Annual report on the health of the army in India
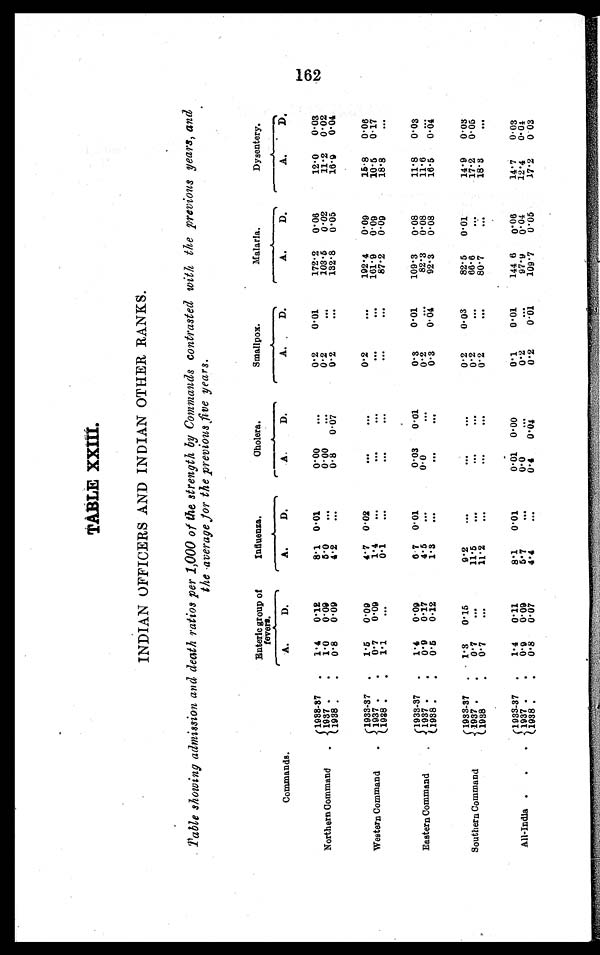
TABLE XXIII.
INDIAN OFFICERS AND INDIAN OTHER RANKS.
Tale showing admission and death ratios per 1,000 of the strength by Commands contrasted with the previous years, and
the average for the previous five years.
Enteric group of
fevers.
Influenza.
Cholera.
Smallpox.
Malaria.
Dysentery.
Commands.
A.
D.
A.
D.
A.
D.
A.
D.
A.
D.
A.
D.
Northern Command . . .
1 9 3 3 - 3 7 . . .
1.4
0.12
8.1 0.01
0.00
. . .
0.2
0.01
172.2
0.06
12.0
0.03
0.00
. . .
0.2
. . .
103.5
0-02
11-2
0-02
1 9 3 7 . . .
1 . 0
0 . 0 9
5.0
. . .
0 .67
0.2
. . .
132.8
0.05
16.9
0.04
0.8
1938 . . .
0.8
0.09
4.2
. . .
Western Command . . .
1933-37 . . .
1.5
0 . 0 9
4.7 0.02
. . .
. . .
0.2
. . .
192.4
0.09
15.8
0.06
161.0
0.00
10.5
0.17
1937 . . .
0 . 7
0 . 0 9
1.4
. . .
. . .
. . .
. . .
. . .
87.2
0. 09
18.8
. . .
1938 . . .
1 . 1
. . .
0.1
. . .
. . .
. . .
. . .
. . .
Eastern Command . . .
1933-37 . . .
1.4
0 . 0 9
6.7 0 . 0 1
0.03
0.01
0 . 3
0.01
109.3
0. 08
11.8
0.03
0.3
. . .
0 . 2
. . .
82-3
0. 08
11-6
. . .
1937. . .
0.9
0.17
4.5
. . .
0 . 0 4
92.3
0. 08
16.5
0.04
1938 . . .
0.5
0 . 1 2
1.3
. . .
. . .
. . .
0 . 3
Southern Command . . .
1 9 3 7 . . . 1.3 0 . 1 5
9. 2
. . .
. . .
. . .
0 . 2
0.03
82.5
0. 01
14.9
0.03
0.2
. . .
66.6
. . .
17.2
0.05
1 9 3 7 . . .
0 . 7
. . .
11.5
. . .
. . .
. . .
1938 . . .
0.7
. . .
11.2
. . .
. . .
. . .
0.2
. . .
80.7
. . .
18.3
. . .
All-India . . .
1933-37 . . .
1.4
0.11
8.1
0.01
0.01 0.00
0.1
0.01
144.6
0.06
14.7
0.03
0.2
. . .
97.9
0.04
12.4
0.04
1937 . . .
0.9
0.09
5.7
. . .
0.0
. . .
1938 . . .
0.8
0.07
4.4
. . .
0.4
0 . 0 4
0.2
0.01
109.7
0.05
17.2
0.03
162